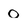
Character: 0